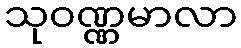
သုဝဏ္ဏမာလာ